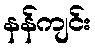
နန်ကျင်း